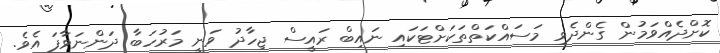
ކޮށްދެއްވަމުން ގެންދެވި މަސައްކަތްތަކަށްޓަކައި ނައިބް ރައީސް ޖިހާދު ވަނީ މަރުހަބާ ދަންނަވާފަ އެވެ.